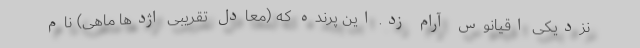
نزدیکی اقیانوس آرام زد. این پرنده که (معادل تقریبی اژدها ماهی) نام